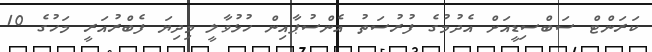
ކަރަންޓް ސަބްސިޑީއަށް އެދުމުގެ ފުުރުސަތު އެންސުޕާއިން ހުޅުވާލީ މިދިޔަ ފެބްރުއަރީ މަހުގެ 10